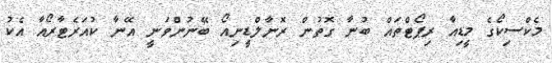
މެކްސިކޯގެ މީޑިއާ ރިޕޯޓްތައް ބުނާ ގޮތުން ރޮނާލްޑީނިއޯ ބޭނުންވަނީ އޭނާ ކުއަރެޓާރޯއާ އެކު